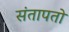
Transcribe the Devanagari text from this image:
संतापतो